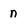
Character: n